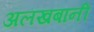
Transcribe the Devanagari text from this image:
अलखबानी